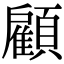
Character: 顧